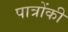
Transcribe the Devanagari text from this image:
पात्रोंकी